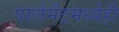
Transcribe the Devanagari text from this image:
पार्लमेंटमध्येही